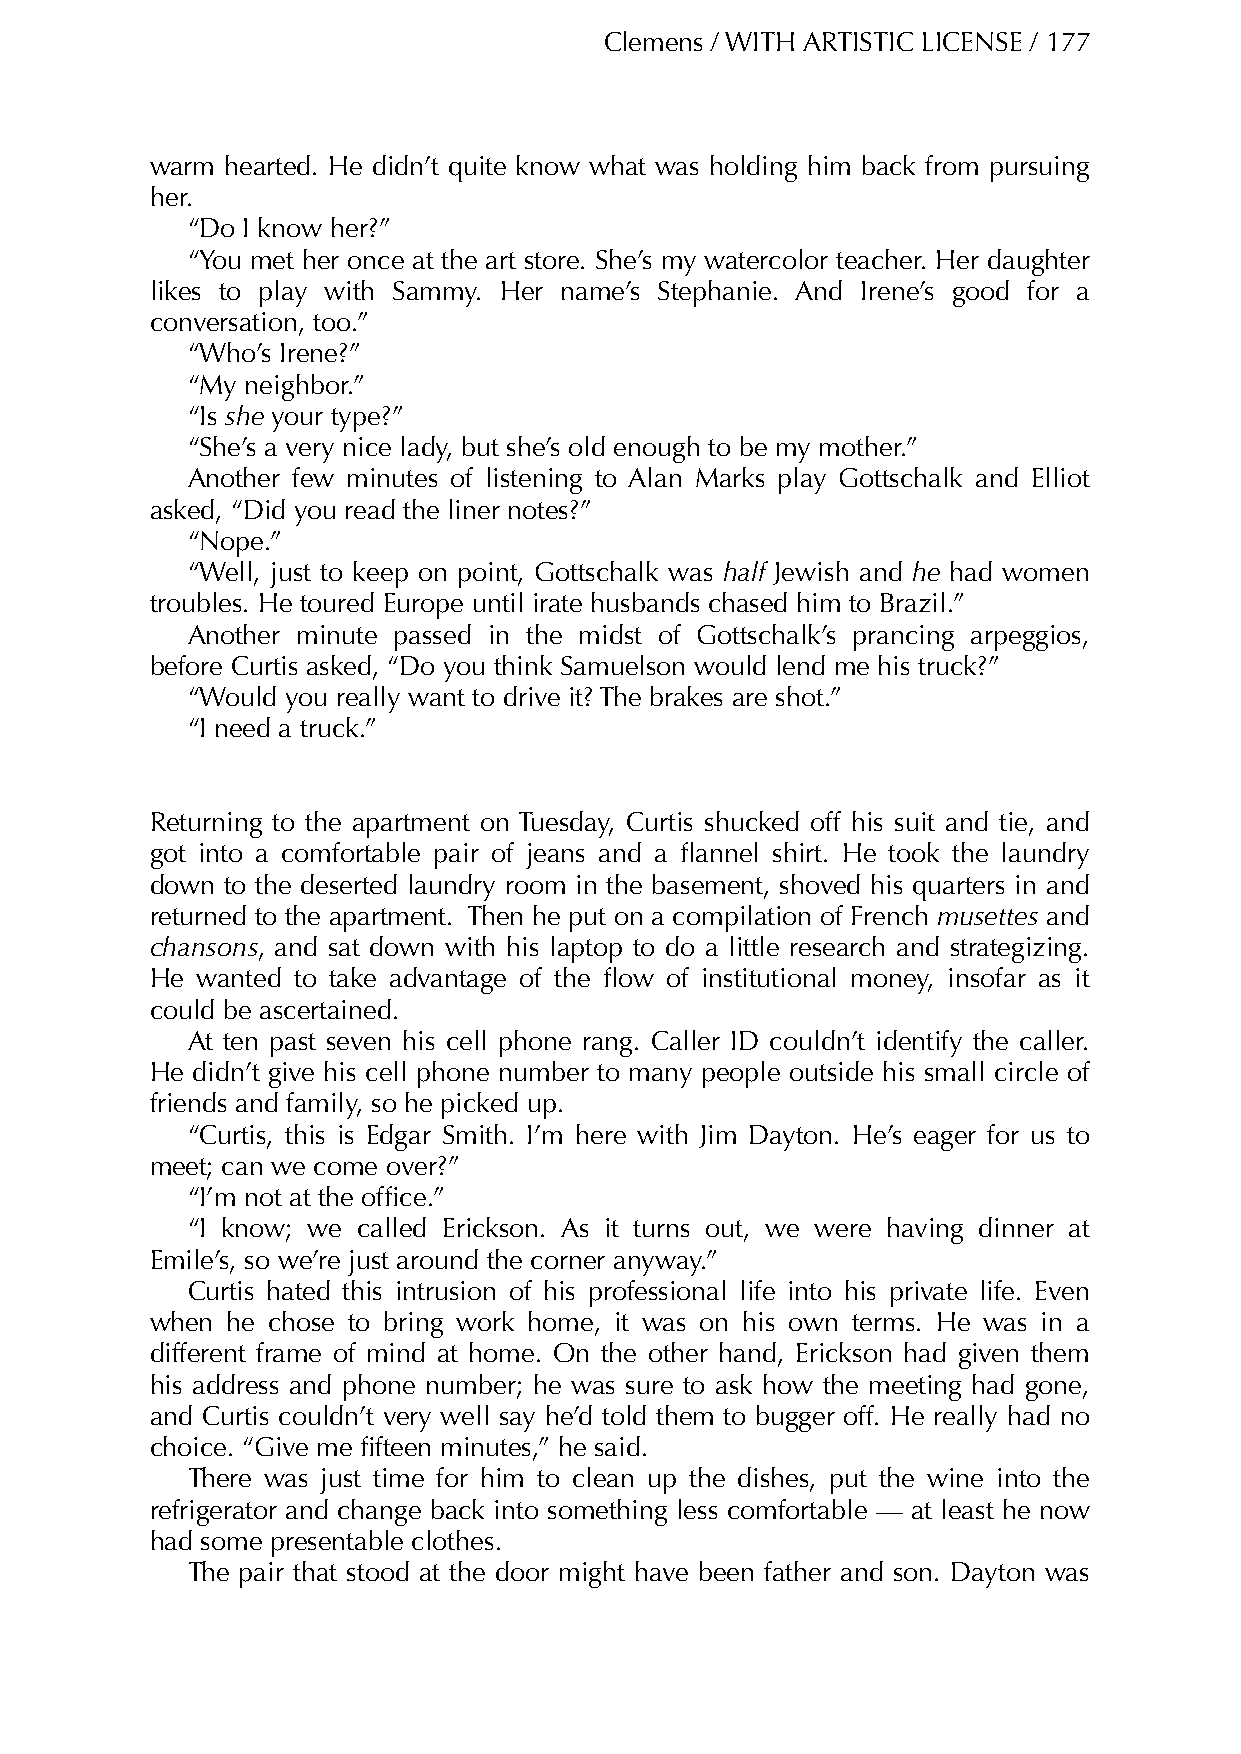
Clemens / WITH ARTISTIC LICENSE / 177
 warm hearted. He didn’t quite know what was holding him back from pursuing
 her.
 “Do I know her?”
 “You met her once at the art store. She’s my watercolor teacher. Her daughter
 likes to play with Sammy. Her name’s Stephanie. And Irene’s good for a
 conversation, too.”
 “Who’s Irene?”
 “My neighbor.”
 “Is she your type?”
 “She’s a very nice lady, but she’s old enough to be my mother.”
 Another few minutes of listening to Alan Marks play Gottschalk and Elliot
 asked, “Did you read the liner notes?”
 “Nope.”
 “Well, just to keep on point, Gottschalk was half Jewish and he had women
 troubles. He toured Europe until irate husbands chased him to Brazil.”
 Another minute passed in the midst of Gottschalk’s prancing arpeggios,
 before Curtis asked, “Do you think Samuelson would lend me his truck?”
 “Would you really want to drive it? The brakes are shot.”
 “I need a truck.”
 Returning to the apartment on Tuesday, Curtis shucked off his suit and tie, and
 got into a comfortable pair of jeans and a flannel shirt. He took the laundry
 down to the deserted laundry room in the basement, shoved his quarters in and
 returned to the apartment. Then he put on a compilation of French musettes and
 chansons, and sat down with his laptop to do a little research and strategizing.
 He wanted to take advantage of the flow of institutional money, insofar as it
 could be ascertained.
 At ten past seven his cell phone rang. Caller ID couldn’t identify the caller.
 He didn’t give his cell phone number to many people outside his small circle of
 friends and family, so he picked up.
 “Curtis, this is Edgar Smith. I’m here with Jim Dayton. He’s eager for us to
 meet; can we come over?”
 “I’m not at the office.”
 “I know; we called Erickson. As it turns out, we were having dinner at
 Emile’s, so we’re just around the corner anyway.”
 Curtis hated this intrusion of his professional life into his private life. Even
 when he chose to bring work home, it was on his own terms. He was in a
 different frame of mind at home. On the other hand, Erickson had given them
 his address and phone number; he was sure to ask how the meeting had gone,
 and Curtis couldn’t very well say he’d told them to bugger off. He really had no
 choice. “Give me fifteen minutes,” he said.
 There was just time for him to clean up the dishes, put the wine into the
 refrigerator and change back into something less comfortable — at least he now
 had some presentable clothes.
 The pair that stood at the door might have been father and son. Dayton was